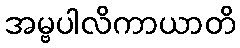
အမ္ဗပါလိကာယာတိ